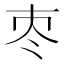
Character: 𡗭